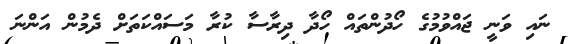
ނައި ވަނީ ޖައްވުމުގެ ހޯދުންތައް ހޯދާ ދިރާސާ ކުރާ މަސައްކަތަށް ދެމުން އަންނަ